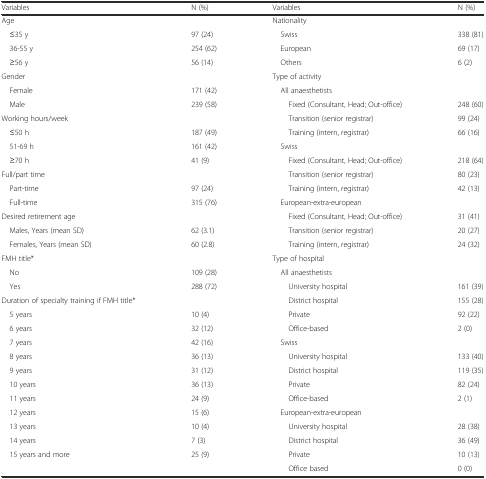
<table><thead><tr><td><b>Variables</b></td><td><b>N (%)</b></td><td><b>Variables</b></td><td><b>N (%)</b></td></tr></thead><tbody><tr><td>Age</td><td></td><td>Nationality</td><td></td></tr><tr><td> ≤35 y</td><td>97 (24)</td><td> Swiss</td><td>338 (81)</td></tr><tr><td> 36-55 y</td><td>254 (62)</td><td> European</td><td>69 (17)</td></tr><tr><td> ≥56 y</td><td>56 (14)</td><td> Others</td><td>6 (2)</td></tr><tr><td>Gender</td><td></td><td>Type of activity</td><td></td></tr><tr><td> Female</td><td>171 (42)</td><td> All anaesthetists</td><td></td></tr><tr><td> Male</td><td>239 (58)</td><td>Fixed (Consultant, Head; Out-office)</td><td>248 (60)</td></tr><tr><td>Working hours/week</td><td></td><td>Transition (senior registrar)</td><td>99 (24)</td></tr><tr><td> ≤50 h</td><td>187 (49)</td><td>Training (intern, registrar)</td><td>66 (16)</td></tr><tr><td> 51-69 h</td><td>161 (42)</td><td> Swiss</td><td></td></tr><tr><td> ≥70 h</td><td>41 (9)</td><td>Fixed (Consultant, Head; Out-office)</td><td>218 (64)</td></tr><tr><td>Full/part time</td><td></td><td>Transition (senior registrar)</td><td>80 (23)</td></tr><tr><td> Part-time</td><td>97 (24)</td><td>Training (intern, registrar)</td><td>42 (13)</td></tr><tr><td> Full-time</td><td>315 (76)</td><td> European-extra-european</td><td></td></tr><tr><td>Desired retirement age</td><td></td><td>Fixed (Consultant, Head; Out-office)</td><td>31 (41)</td></tr><tr><td> Males, Years (mean SD)</td><td>62 (3.1)</td><td>Transition (senior registrar)</td><td>20 (27)</td></tr><tr><td> Females, Years (mean SD)</td><td>60 (2.8)</td><td>Training (intern, registrar)</td><td>24 (32)</td></tr><tr><td>FMH title*</td><td></td><td>Type of hospital</td><td></td></tr><tr><td> No</td><td>109 (28)</td><td> All anaesthetists</td><td></td></tr><tr><td> Yes</td><td>288 (72)</td><td>University hospital</td><td>161 (39)</td></tr><tr><td>Duration of specialty training if FMH title*</td><td></td><td>District hospital</td><td>155 (28)</td></tr><tr><td> 5 years</td><td>10 (4)</td><td>Private</td><td>92 (22)</td></tr><tr><td> 6 years</td><td>32 (12)</td><td>Office-based</td><td>2 (0)</td></tr><tr><td> 7 years</td><td>42 (16)</td><td> Swiss</td><td></td></tr><tr><td> 8 years</td><td>36 (13)</td><td>University hospital</td><td>133 (40)</td></tr><tr><td> 9 years</td><td>31 (12)</td><td>District hospital</td><td>119 (35)</td></tr><tr><td> 10 years</td><td>36 (13)</td><td>Private</td><td>82 (24)</td></tr><tr><td> 11 years</td><td>24 (9)</td><td>Office-based</td><td>2 (1)</td></tr><tr><td> 12 years</td><td>15 (6)</td><td> European-extra-european</td><td></td></tr><tr><td> 13 years</td><td>10 (4)</td><td>University hospital</td><td>28 (38)</td></tr><tr><td> 14 years</td><td>7 (3)</td><td>District hospital</td><td>36 (49)</td></tr><tr><td rowspan="2"> 15 years and more</td><td rowspan="2">25 (9)</td><td>Private</td><td>10 (13)</td></tr><tr><td>Office based</td><td>0 (0)</td></tr></tbody></table>